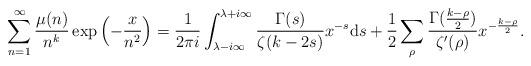
LaTeX: \begin{align*} \sum_{n=1}^{\infty} \frac{\mu(n)}{n^k} \exp \left({-\frac{x}{n^2}}\right) = \frac{1}{2 \pi i } \int_{\lambda - i \infty}^{\lambda+i \infty} \frac{ \Gamma(s) }{\zeta(k-2s) } x^{-s} {\rm d}s + \frac{1}{2} \sum_{ \rho } \frac{\Gamma(\frac{k-\rho}{2})}{\zeta'(\rho)} x^{-\frac{k-\rho}{2}}.\end{align*}